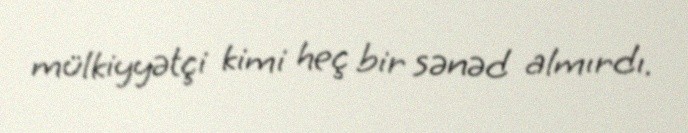
mülkiyyətçi kimi heç bir sənəd almırdı.